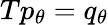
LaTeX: Tp_{\theta}=q_{\theta}